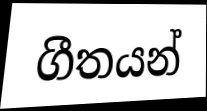
ගීතයන්